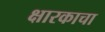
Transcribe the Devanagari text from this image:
क्षारकाचा